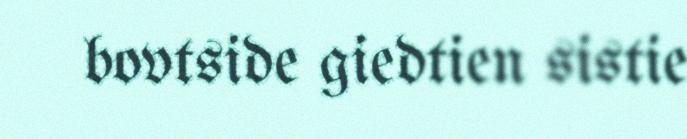
bovtside giedtien sistie